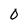
Character: 0